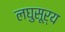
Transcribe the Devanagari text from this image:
लघुसूर्य